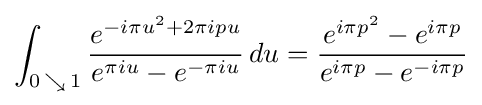
\int _{0\,\searrow \,1}{\frac {e^{-i\pi u^{2}+2\pi ipu}}{e^{\pi iu}-e^{-\pi iu}}}\,du={\frac {e^{i\pi p^{2}}-e^{i\pi p}}{e^{i\pi p}-e^{-i\pi p}}}